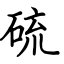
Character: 硫